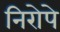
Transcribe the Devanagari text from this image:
निरोपे